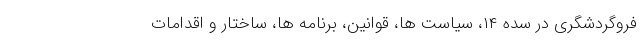
فروگردشگری در سده ۱۴، سیاست ها، قوانین، برنامه ها، ساختار و اقدامات